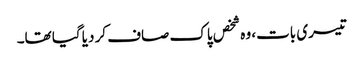
تیسری بات، وہ شخص پاک صاف کر دیا گیا تھا۔